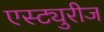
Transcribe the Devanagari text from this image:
एस्ट्युरीज